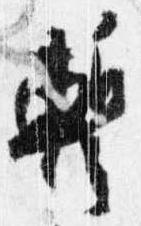
蹔